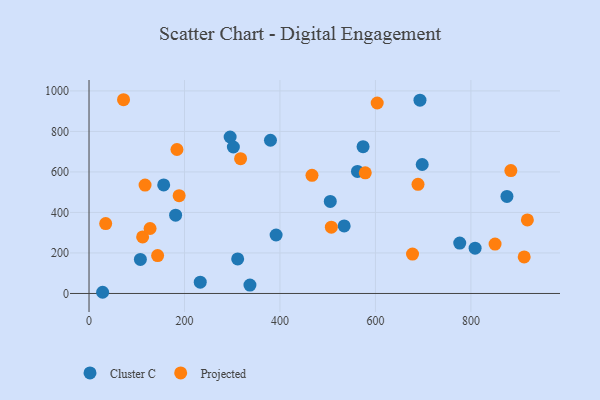
{"axis": {"x": "Price", "y": "Demand"}, "legend": ["Cluster C", "Projected"], "data": [{"x": "380.1", "y": 756.4, "type": "Cluster C"}, {"x": "156.4", "y": 536.1, "type": "Cluster C"}, {"x": "28.5", "y": 5.9, "type": "Cluster C"}, {"x": "562.4", "y": 602.7, "type": "Cluster C"}, {"x": "574.1", "y": 724.7, "type": "Cluster C"}, {"x": "693.3", "y": 954.5, "type": "Cluster C"}, {"x": "505.4", "y": 454.4, "type": "Cluster C"}, {"x": "295.6", "y": 772.5, "type": "Cluster C"}, {"x": "391.9", "y": 288.7, "type": "Cluster C"}, {"x": "698.0", "y": 636.7, "type": "Cluster C"}, {"x": "337.1", "y": 41.2, "type": "Cluster C"}, {"x": "107.6", "y": 167.9, "type": "Cluster C"}, {"x": "311.4", "y": 170.6, "type": "Cluster C"}, {"x": "302.4", "y": 723.2, "type": "Cluster C"}, {"x": "776.6", "y": 248.9, "type": "Cluster C"}, {"x": "808.8", "y": 223.5, "type": "Cluster C"}, {"x": "181.4", "y": 386.7, "type": "Cluster C"}, {"x": "233.0", "y": 55.7, "type": "Cluster C"}, {"x": "534.5", "y": 333.7, "type": "Cluster C"}, {"x": "875.5", "y": 478.9, "type": "Cluster C"}, {"x": "883.7", "y": 606.7, "type": "Projected"}, {"x": "188.8", "y": 482.8, "type": "Projected"}, {"x": "677.7", "y": 194.3, "type": "Projected"}, {"x": "603.7", "y": 940.4, "type": "Projected"}, {"x": "911.6", "y": 180.4, "type": "Projected"}, {"x": "467.1", "y": 583.5, "type": "Projected"}, {"x": "507.6", "y": 327.2, "type": "Projected"}, {"x": "72.3", "y": 956.5, "type": "Projected"}, {"x": "317.5", "y": 665.7, "type": "Projected"}, {"x": "850.6", "y": 244.0, "type": "Projected"}, {"x": "184.2", "y": 710.7, "type": "Projected"}, {"x": "34.9", "y": 345.2, "type": "Projected"}, {"x": "918.3", "y": 362.9, "type": "Projected"}, {"x": "143.7", "y": 187.0, "type": "Projected"}, {"x": "112.3", "y": 279.0, "type": "Projected"}, {"x": "689.2", "y": 538.6, "type": "Projected"}, {"x": "117.4", "y": 535.0, "type": "Projected"}, {"x": "578.7", "y": 595.7, "type": "Projected"}, {"x": "127.9", "y": 320.7, "type": "Projected"}]}